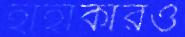
হাহাকারও